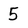
Character: 5